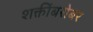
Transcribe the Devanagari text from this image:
शक्तींबरोबर